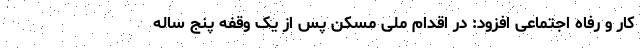
کار و رفاه اجتماعی افزود: در اقدام ملی مسکن پس از یک وقفه پنج ساله